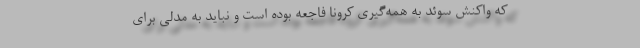
که واکنش سوئد به همه‌گیری کرونا فاجعه بوده است و نباید به مدلی برای